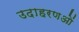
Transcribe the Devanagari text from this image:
उदाहरणओं